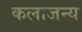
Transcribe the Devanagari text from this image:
कलाजन्य